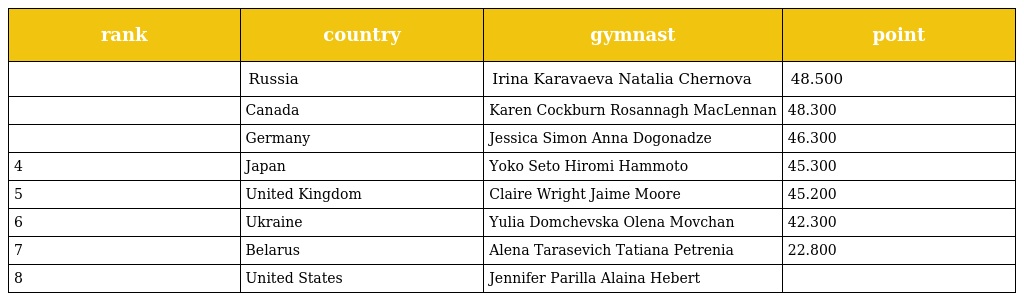
| rank | country | gymnast | point |
 | --- | --- | --- | --- |
 |  | Russia | Irina Karavaeva Natalia Chernova | 48.500 |
 |  | Canada | Karen Cockburn Rosannagh MacLennan | 48.300 |
 |  | Germany | Jessica Simon Anna Dogonadze | 46.300 |
 | 4 | Japan | Yoko Seto Hiromi Hammoto | 45.300 |
 | 5 | United Kingdom | Claire Wright Jaime Moore | 45.200 |
 | 6 | Ukraine | Yulia Domchevska Olena Movchan | 42.300 |
 | 7 | Belarus | Alena Tarasevich Tatiana Petrenia | 22.800 |
 | 8 | United States | Jennifer Parilla Alaina Hebert |  |